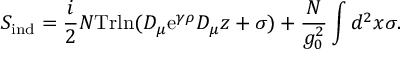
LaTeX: S _ { \mathrm { i n d } } = { \frac { i } { 2 } } N \mathrm { T r l n } ( D _ { \mu } \mathrm { e } ^ { \gamma \rho } D _ { \mu } z + \sigma ) + { \frac { N } { g _ { 0 } ^ { 2 } } } \int d ^ { 2 } x \sigma .